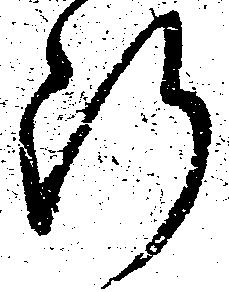
断